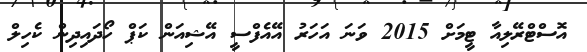
އޮސްޓްރޭލިއާ ޓީމަށް 2015 ވަނަ އަހަރު އޭއެފްސީ އޭޝިއަން ކަޕް ހޯދައިދިން ކެހިލް